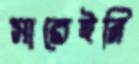
সারেইনি